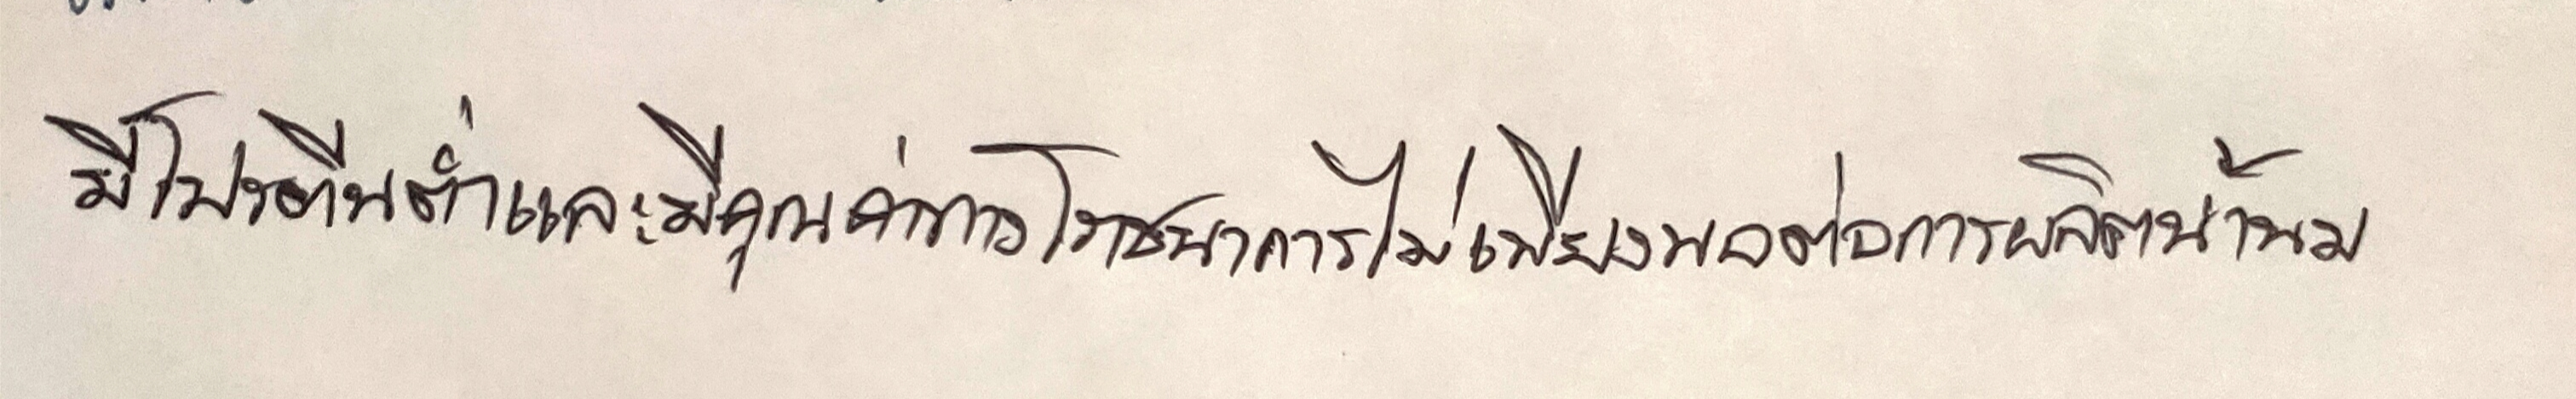
มีโปรตีนต่ำและมีคุณค่าทางโภชนาการไม่เพียงพอต่อการผลิตน้ำนม